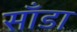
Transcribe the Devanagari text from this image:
साँडा